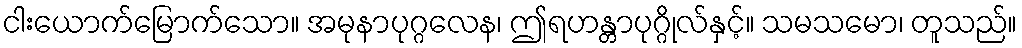
ငါးယောက်မြောက်သော။ အမုနာပုဂ္ဂလေန၊ ဤရဟန္တာပုဂ္ဂိုလ်နှင့်။ သမသမော၊ တူသည်။